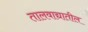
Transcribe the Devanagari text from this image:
तालवाद्यातील